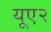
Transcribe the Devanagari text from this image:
यूए२